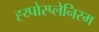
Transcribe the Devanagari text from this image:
ह्य्पोस्प्लेनिस्म